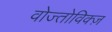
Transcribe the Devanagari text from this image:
वोज्तोविक्ज़